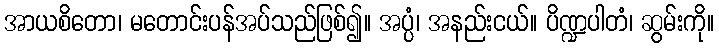
အာယစိတော၊ မတောင်းပန်အပ်သည်ဖြစ်၍။ အပ္ပံ၊ အနည်းငယ်။ ပိဏ္ဍပါတံ၊ ဆွမ်းကို။